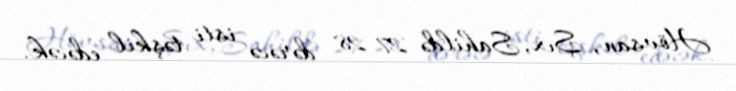
Hövsan, Şıx, Sahildə 27-28 dərəcə isti təşkil edəcək.